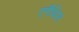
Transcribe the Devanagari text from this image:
एगैथिस